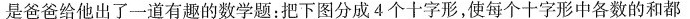
是爸爸给他出了一道有趣的数学题：把下图分成4个十字形，使每个十字形中各数的和都